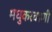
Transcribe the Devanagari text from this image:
मधुकरवाणी